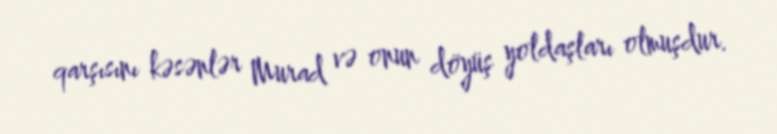
qarşısını kəsənlər Murad və onun döyüş yoldaşları olmuşdur.